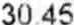
30.45